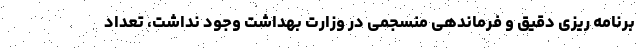
برنامه ریزی دقیق و فرماندهی منسجمی در وزارت بهداشت وجود نداشت، تعداد